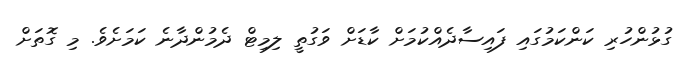
ގުޅުންހުރި ކަންކަމުގައި ފައިސާދެއްކުމަށް ކާޑަށް ވަގުތީ ލިމިޓް ދެމުންދާނެ ކަމަށެވެ. މި ގޮތަށް